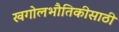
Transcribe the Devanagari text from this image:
खगोलभौतिकीसाठी